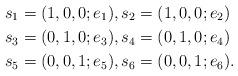
LaTeX: \begin{align*}&s_1 = (1,0,0;e_1), s_2 =(1,0,0;e_2)\\&s_3 = (0,1,0;e_3), s_4 =(0,1,0;e_4)\\&s_5 = (0,0,1;e_5), s_6 =(0,0,1;e_6).\\\end{align*}